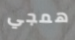
همجي